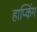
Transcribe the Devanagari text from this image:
हाप्किंग